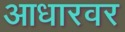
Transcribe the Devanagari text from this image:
आधारवर